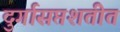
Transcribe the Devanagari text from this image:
दुर्गासप्तशतीत